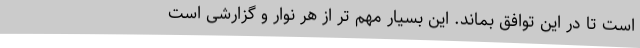
است تا در این توافق بماند. این بسیار مهم تر از هر نوار و گزارشی است